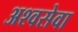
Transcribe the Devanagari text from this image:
अश्वसेवा